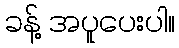
ခန့် အပူပေးပါ။